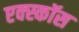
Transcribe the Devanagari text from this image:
एक्स्कॉस